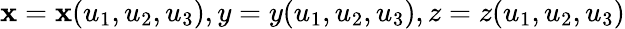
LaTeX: \mathbf{x}=\mathbf{x}(u_{1},u_{2},u_{3}),y=y(u_{1},u_{2},u_{3}),z=z(u_{1},u_{2},u_{3})